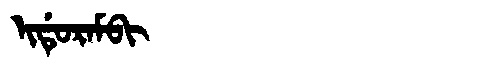
Manchu: ᡳᡩᡠᡵᠠᠮᠪᡳ
Romanization: IDURAMBI